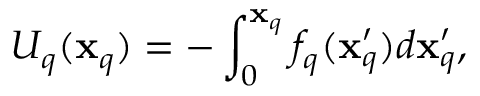
U _ { q } ( \mathbf { x } _ { q } ) = - \int _ { 0 } ^ { \mathbf { x } _ { q } } f _ { q } ( \mathbf { x } _ { q } ^ { \prime } ) d \mathbf { x } _ { q } ^ { \prime } ,